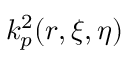
k _ { p } ^ { 2 } ( r , \xi , \eta )